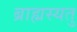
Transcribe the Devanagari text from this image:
ब्राह्मस्यतु